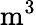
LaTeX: \textrm{m}^{3}